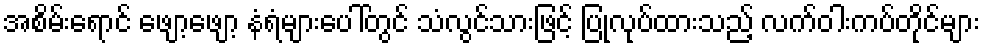
အစိမ်းရောင် ဖျော့ဖျော့ နံရံများပေါ်တွင် သံလွင်သားဖြင့် ပြုလုပ်ထားသည့် လက်ဝါးကပ်တိုင်များ